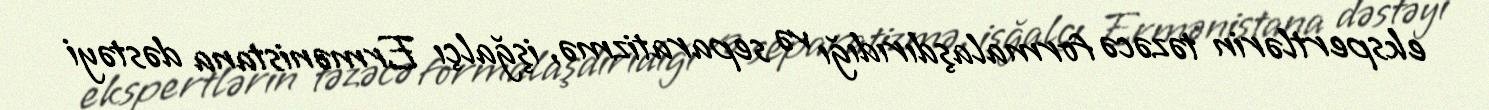
ekspertlərin təzəcə formalaşdırıdığı və separatizmə, işğalçı Ermənistana dəstəyi